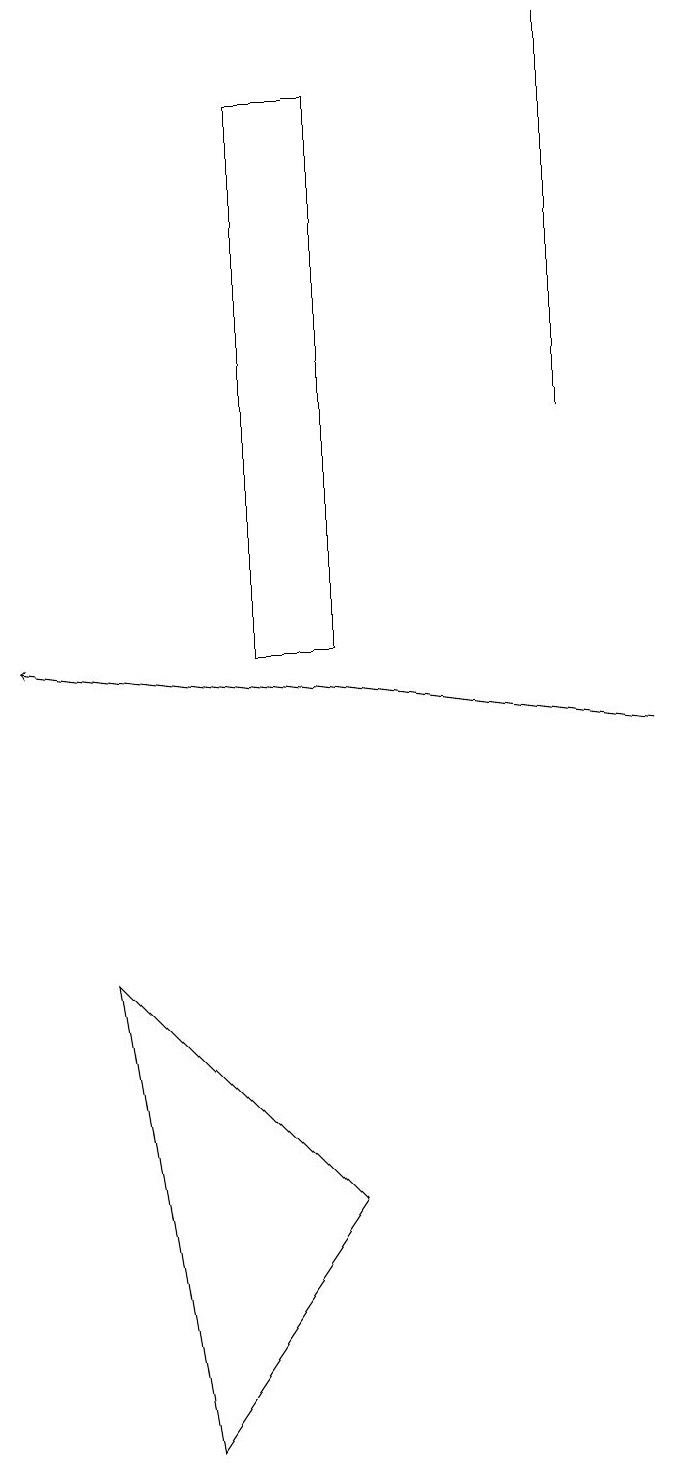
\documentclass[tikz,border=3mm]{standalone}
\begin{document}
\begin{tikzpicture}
\draw (8,19) rectangle (8,14);
\draw (2,7) -- (5,4) -- (3,1) -- cycle;
\draw (4,18) rectangle (5,11);
\draw[->] (9,10) -- (1,11);
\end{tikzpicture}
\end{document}